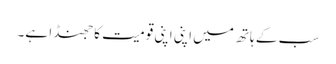
سب کے ہاتھ میں اپنی اپنی قومیت کا جھنڈا ہے۔